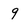
Character: 9